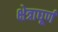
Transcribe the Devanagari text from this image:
क्षेत्राघूर्ण